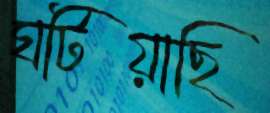
ঘটিয়াছি